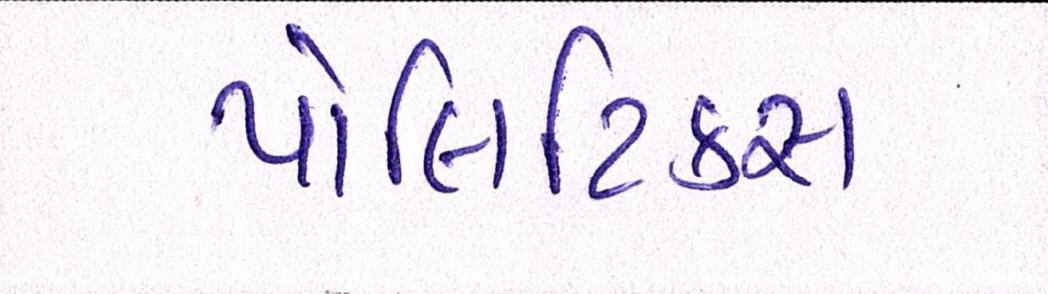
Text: પોલિટિકસ